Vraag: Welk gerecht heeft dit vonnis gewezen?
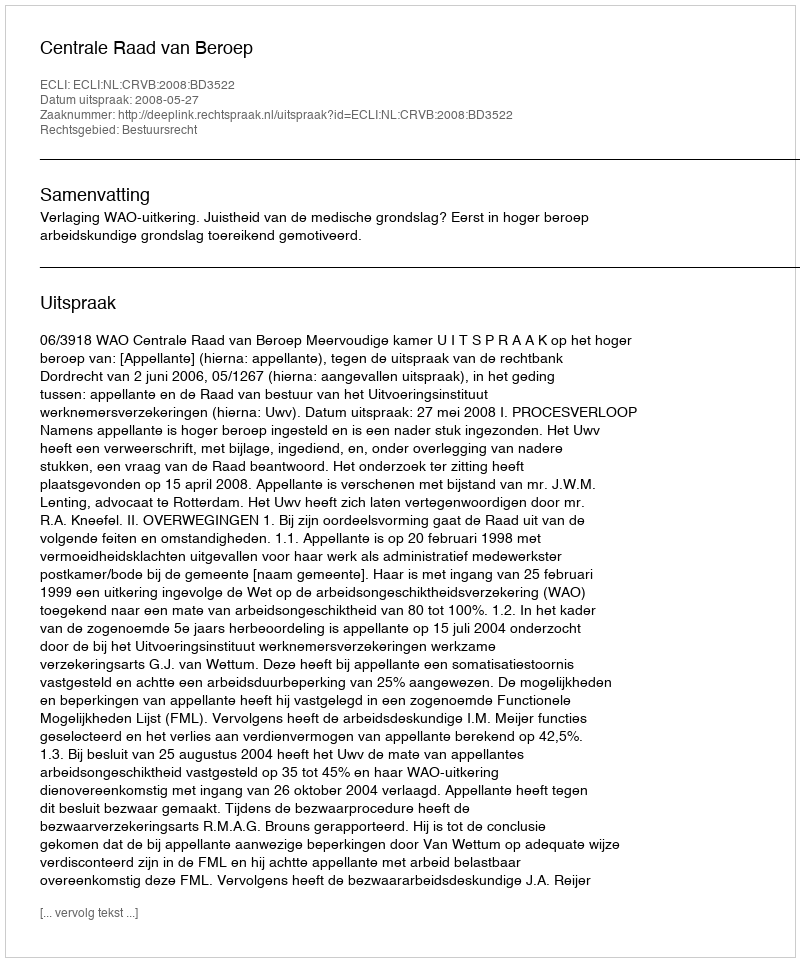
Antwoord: Centrale Raad van Beroep